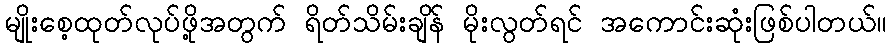
မျိုးစေ့ထုတ်လုပ်ဖို့အတွက် ရိတ်သိမ်းချိန် မိုးလွတ်ရင် အကောင်းဆုံးဖြစ်ပါတယ်။